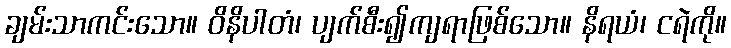
ချမ်းသာကင်းသော။ ဝိနိပါတံ၊ ပျက်စီး၍ကျရာဖြစ်သော။ နိရယံ၊ ငရဲကို။